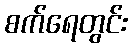
စက်ရေတွင်း